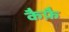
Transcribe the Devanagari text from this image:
कैफ़ै